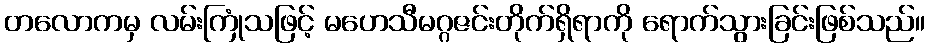
တလောကမှ လမ်းကြုံသဖြင့် မဟေသီမဂ္ဂဇင်းတိုက်ရှိရာကို ရောက်သွားခြင်းဖြစ်သည်။